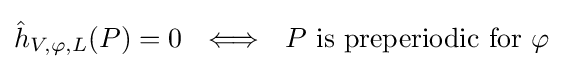
{\hat {h}}_{V,\varphi ,L}(P)=0~~\Longleftrightarrow ~~P{\text{ is preperiodic for }}\varphi